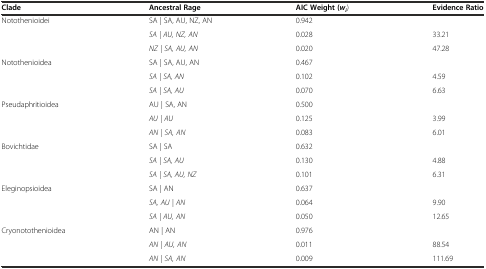
<table><thead><tr><td><b>Clade</b></td><td><b>Ancestral Rage</b></td><td><b>AIC Weight (<i>w</i><sub><i>i</i></sub>)</b></td><td><b>Evidence Ratio</b></td></tr></thead><tbody><tr><td>Notothenioidei</td><td>SA | SA, AU, NZ, AN</td><td>0.942</td><td></td></tr><tr><td></td><td><i>SA | AU, NZ, AN</i></td><td>0.028</td><td>33.21</td></tr><tr><td></td><td><i>NZ | SA, AU, AN</i></td><td>0.020</td><td>47.28</td></tr><tr><td>Notothenioidea</td><td>SA | SA, AU, AN</td><td>0.467</td><td></td></tr><tr><td></td><td><i>SA | SA, AN</i></td><td>0.102</td><td>4.59</td></tr><tr><td></td><td><i>SA | SA, AU</i></td><td>0.070</td><td>6.63</td></tr><tr><td>Pseudaphritioidea</td><td>AU | SA, AN</td><td>0.500</td><td></td></tr><tr><td></td><td><i>AU | AU</i></td><td>0.125</td><td>3.99</td></tr><tr><td></td><td><i>AN | SA, AN</i></td><td>0.083</td><td>6.01</td></tr><tr><td>Bovichtidae</td><td>SA | SA</td><td>0.632</td><td></td></tr><tr><td></td><td><i>SA | SA, AU</i></td><td>0.130</td><td>4.88</td></tr><tr><td></td><td><i>SA | SA, AU, NZ</i></td><td>0.101</td><td>6.31</td></tr><tr><td>Eleginopsioidea</td><td>SA | AN</td><td>0.637</td><td></td></tr><tr><td></td><td><i>SA, AU | AN</i></td><td>0.064</td><td>9.90</td></tr><tr><td></td><td><i>SA | AU, AN</i></td><td>0.050</td><td>12.65</td></tr><tr><td>Cryonotothenioidea</td><td>AN | AN</td><td>0.976</td><td></td></tr><tr><td></td><td><i>AN | AU, AN</i></td><td>0.011</td><td>88.54</td></tr><tr><td></td><td><i>AN | SA, AN</i></td><td>0.009</td><td>111.69</td></tr></tbody></table>